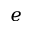
e